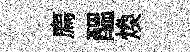
廌醖煥